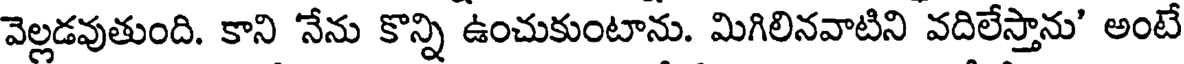
వెల్లడవుతుంది. కాని 'నేను కొన్ని ఉంచుకుంటాను. మిగిలినవాటిని వదిలేస్తాను' అంటే